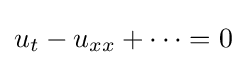
{\textstyle u_{t}-u_{xx}+\cdots =0}